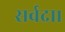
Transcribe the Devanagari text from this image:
सर्वदा।